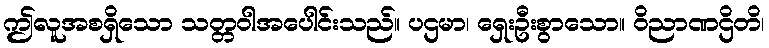
ဤလူအစရှိသော သတ္တဝါအပေါင်းသည်။ ပဌမာ၊ ရှေးဦးစွာသော။ ဝိညာဏဌိတိ၊